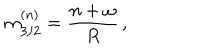
m _ { 3 / 2 } ^ { ( n ) } = \frac { n + \omega } { R } \, ,